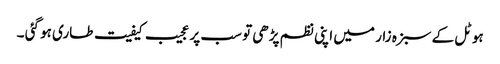
ہوٹل کے سبزہ زار میں اپنی نظم پڑھی تو سب پر عجیب کیفیت طاری ہو گئی ۔